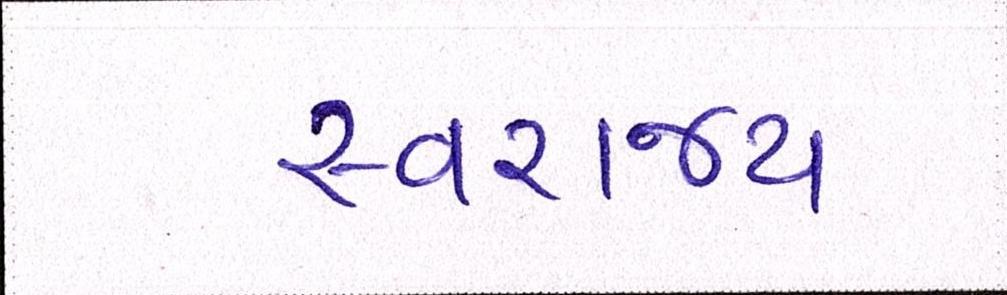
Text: સ્વરાજ્ય